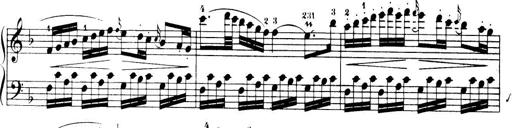
Title: 32 Sonatinas and Rondos for the Piano
Composer: Richard Kleinmichel